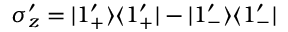
\sigma _ { z } ^ { \prime } = | 1 _ { + } ^ { \prime } \rangle \langle 1 _ { + } ^ { \prime } | - | 1 _ { - } ^ { \prime } \rangle \langle 1 _ { - } ^ { \prime } |